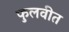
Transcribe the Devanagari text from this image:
फुलवीत